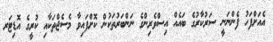
އެއަށްފަހު ފެންނަނީ ސަރުކާރުގެ ބައެއް އިސްވެރިންގެ ނަންބަރުތަކުން ކޮށްފައިވާ މެސެޖްތަކާއި ކުރީގެ އޮޑިޓަރ